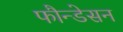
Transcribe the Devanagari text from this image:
फौन्डेसन